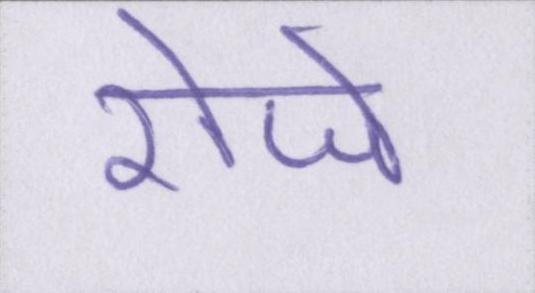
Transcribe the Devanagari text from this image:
रोजे